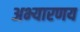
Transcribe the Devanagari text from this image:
अभ्‍यारणय